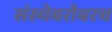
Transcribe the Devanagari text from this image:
संस्थेबरोबरच